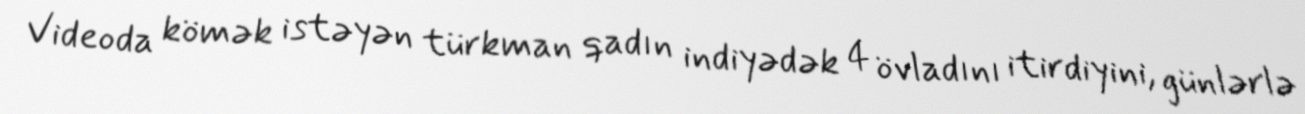
Videoda kömək istəyən türkman qadın indiyədək 4 övladını itirdiyini, günlərlə